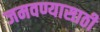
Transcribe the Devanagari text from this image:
जमवण्यासाठी